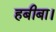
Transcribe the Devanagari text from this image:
हबीबा।